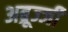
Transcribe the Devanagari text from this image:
अब्रूज्जी